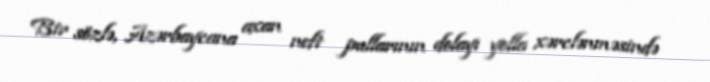
Bir sözlə, Azərbaycana axan neft pullarının dolayı yolla xərclənməsində